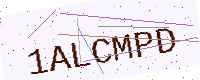
Text: 1ALCMPD